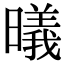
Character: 㬢